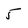
Character: 5